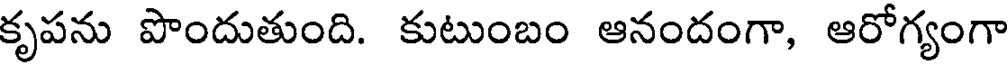
కృపను పొందుతుంది. కుటుంబం ఆనందంగా, ఆరోగ్యంగా